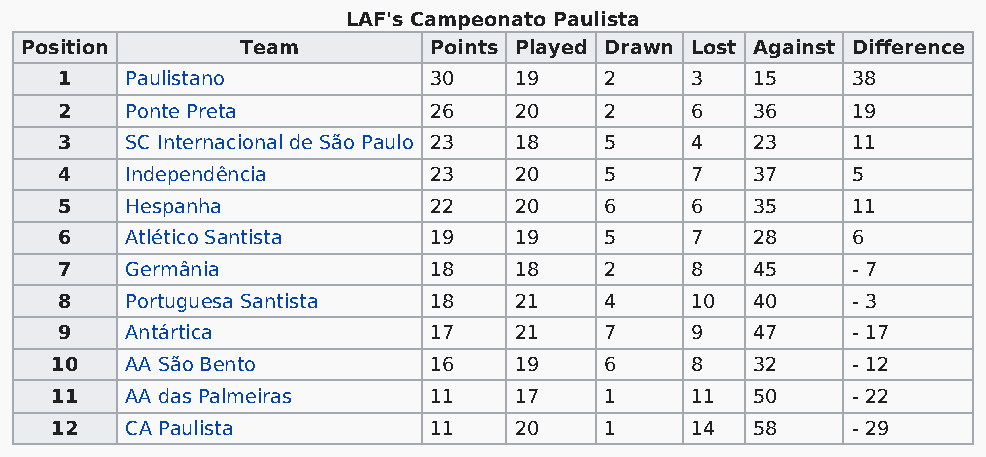
LAF's Campeonato Paulista
 Position       Team        Points Played Drawn Lost Against Difference
 1   Paulistano          30    19    2     3   15    38
 2   Ponte Preta         26    20    2     6   36    19
 3   SC Internacional de São Paulo 23 18 5 4   23    11
 4   Independência       23    20    5     7   37    5
 5   Hespanha            22    20    6     6   35    11
 6   Atlético Santista   19    19    5     7   28    6
 7   Germânia            18    18    2     8   45    - 7
 8   Portuguesa Santista 18    21    4     10  40    - 3
 9   Antártica           17    21    7     9   47    - 17
 10   AA São Bento        16    19    6     8   32    - 12
 11   AA das Palmeiras    11    17    1     11  50    - 22
 12   CA Paulista         11    20    1     14  58    - 29